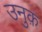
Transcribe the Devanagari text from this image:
उनुक़